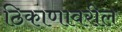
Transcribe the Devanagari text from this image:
ठिकाणावरील